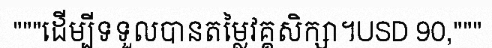
"""ដើម្បីទទួលបានតម្លៃវគ្គសិក្សា។USD 90,"""